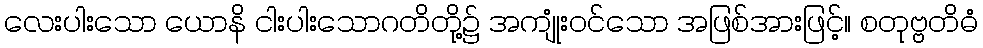
လေးပါးသော ယောနိ ငါးပါးသောဂတိတို့၌ အကျုံးဝင်သော အဖြစ်အားဖြင့်။ စတုဗ္ဗတိဓံ